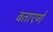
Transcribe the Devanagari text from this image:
बताएगें